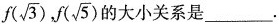
f(\sqrt{3}), f(\sqrt{5})的大小关系是___.